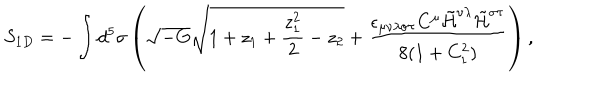
S _ { 1 D } = - \int d ^ { 5 } \sigma \left( \sqrt { - G } \sqrt { 1 + z _ { 1 } + \frac { z _ { 1 } ^ { 2 } } { 2 } - z _ { 2 } } + \frac { \epsilon _ { \mu \nu \lambda \sigma \tau } C ^ { \mu } \tilde { \cal H } ^ { \nu \lambda } \tilde { \cal H } ^ { \sigma \tau } } { 8 ( 1 + C _ { 1 } ^ { 2 } ) } \right) ,